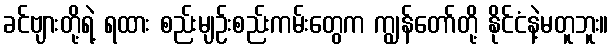
ခင်ဗျားတို့ရဲ့ ရထား စည်းမျဉ်းစည်းကမ်းတွေက ကျွန်တော်တို့ နိုင်ငံနဲ့မတူဘူး။